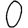
Digit: 0